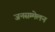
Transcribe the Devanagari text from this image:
जनसम्मेलन